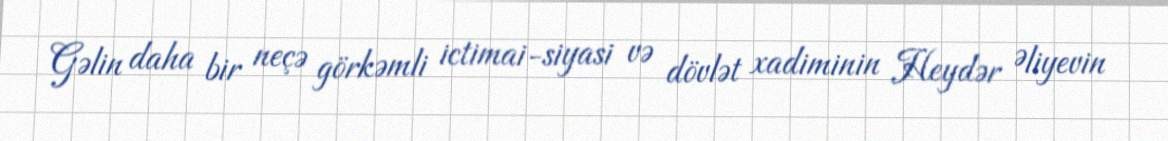
Gəlin daha bir neçə görkəmli ictimai-siyasi və dövlət xadiminin Heydər Əliyevin